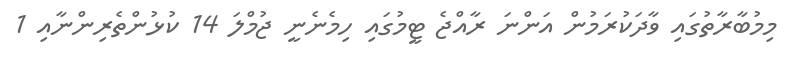
މިމުބާރާތުގައި ވާދަކުރަމުން އަންނަ ރާއްޖެ ޓީމުގައި ހިމެނެނީ ޖުމްލަ 14 ކުޅުންތެރިންނާއި 1